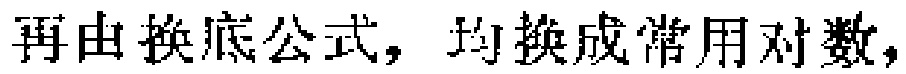
再由换底公式，均换成常用对数，